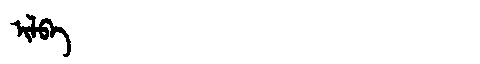
Manchu: ᡳᠯᠪᠠ
Romanization: ILBA